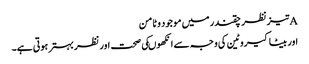
Aتیزنظر چقندر میں موجود وٹامن
اور بیٹاکیروٹین کی وجہ سے انکھوںکی صحت اور نظر بہترہوتی ہے۔